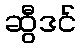
ဆွီဒင်